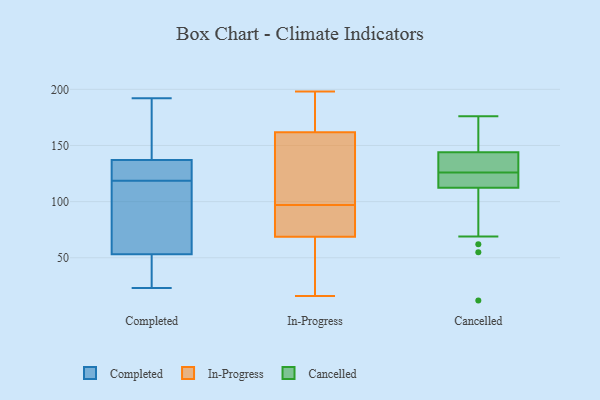
{"axis": {"x": "Conversion Rate (%)", "y": "Value"}, "legend": ["Cancelled", "Completed", "In-Progress"], "data": [{"x": "", "y": 137, "type": "Completed"}, {"x": "", "y": 118, "type": "Completed"}, {"x": "", "y": 192, "type": "Completed"}, {"x": "", "y": 119, "type": "Completed"}, {"x": "", "y": 23, "type": "Completed"}, {"x": "", "y": 72, "type": "Completed"}, {"x": "", "y": 146, "type": "Completed"}, {"x": "", "y": 137, "type": "Completed"}, {"x": "", "y": 53, "type": "Completed"}, {"x": "", "y": 32, "type": "Completed"}, {"x": "", "y": 28, "type": "In-Progress"}, {"x": "", "y": 198, "type": "In-Progress"}, {"x": "", "y": 71, "type": "In-Progress"}, {"x": "", "y": 36, "type": "In-Progress"}, {"x": "", "y": 70, "type": "In-Progress"}, {"x": "", "y": 87, "type": "In-Progress"}, {"x": "", "y": 193, "type": "In-Progress"}, {"x": "", "y": 176, "type": "In-Progress"}, {"x": "", "y": 159, "type": "In-Progress"}, {"x": "", "y": 139, "type": "In-Progress"}, {"x": "", "y": 16, "type": "In-Progress"}, {"x": "", "y": 65, "type": "In-Progress"}, {"x": "", "y": 140, "type": "In-Progress"}, {"x": "", "y": 170, "type": "In-Progress"}, {"x": "", "y": 106, "type": "In-Progress"}, {"x": "", "y": 86, "type": "In-Progress"}, {"x": "", "y": 97, "type": "In-Progress"}, {"x": "", "y": 120, "type": "Cancelled"}, {"x": "", "y": 141, "type": "Cancelled"}, {"x": "", "y": 62, "type": "Cancelled"}, {"x": "", "y": 55, "type": "Cancelled"}, {"x": "", "y": 116, "type": "Cancelled"}, {"x": "", "y": 69, "type": "Cancelled"}, {"x": "", "y": 137, "type": "Cancelled"}, {"x": "", "y": 141, "type": "Cancelled"}, {"x": "", "y": 145, "type": "Cancelled"}, {"x": "", "y": 154, "type": "Cancelled"}, {"x": "", "y": 111, "type": "Cancelled"}, {"x": "", "y": 126, "type": "Cancelled"}, {"x": "", "y": 119, "type": "Cancelled"}, {"x": "", "y": 12, "type": "Cancelled"}, {"x": "", "y": 176, "type": "Cancelled"}, {"x": "", "y": 157, "type": "Cancelled"}, {"x": "", "y": 132, "type": "Cancelled"}, {"x": "", "y": 120, "type": "Cancelled"}, {"x": "", "y": 173, "type": "Cancelled"}]}